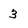
Character: 3